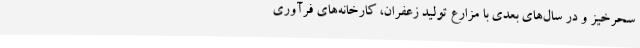
سحرخیز و در سال‌های بعدی با مزارع تولید زعفران، کارخانه‌های فرآوری